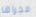
مجراها